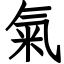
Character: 氣